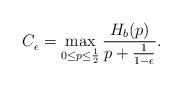
LaTeX: \begin{align*} C^{}_{\epsilon} &= \max_{0\leq p \leq \frac{1}{2}} \frac{H_b(p)}{p+\frac{1}{1-\epsilon}}.\end{align*}